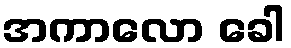
အကာလော ခေါ